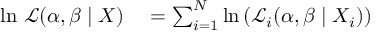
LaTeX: \begin{array} { r l } { \ln \, { \mathcal { L } } ( \alpha , \beta \mid X ) } & { { } = \sum _ { i = 1 } ^ { N } \ln \left( { \mathcal { L } } _ { i } ( \alpha , \beta \mid X _ { i } ) \right) } \end{array}